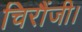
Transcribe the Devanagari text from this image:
चिरौंजी।